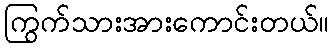
ကြွက်သားအားကောင်းတယ်။